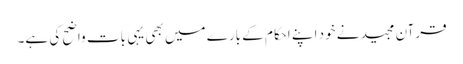
قرآن مجید نے خود اپنے احکام کے بارے میں بھی یہی بات واضح کی ہے۔